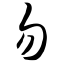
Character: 勿